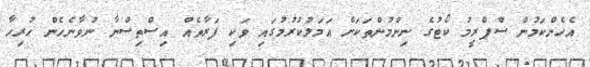
އެހެންކަމުން ސްޕްރީމު ކޯޓުގެ ނިންމުންތަކަށް އަމަލުކުރުމުގައި ވަކި ފަރާތެއް އިސްތިސްނާ ނުވާނެހެން ހުރިހާ